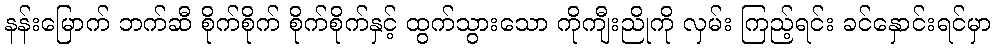
နန်းမြောက် ဘက်ဆီ စိုက်စိုက် စိုက်စိုက်နှင့် ထွက်သွားသော ကိုကျီးညိုကို လှမ်း ကြည့်ရင်း ခင်နှောင်းရင်မှာ